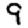
Digit: 9